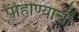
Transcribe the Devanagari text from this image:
पोहोण्याची